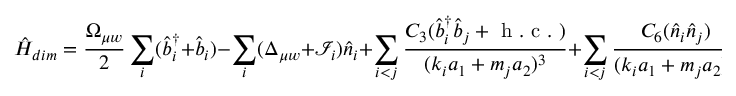
\hat { H } _ { d i m } = \frac { \Omega _ { \mu w } } { 2 } \sum _ { i } ( \hat { b } _ { i } ^ { \dagger } + \hat { b } _ { i } ) - \sum _ { i } ( \Delta _ { \mu w } + \mathcal { I } _ { i } ) \hat { n } _ { i } + \sum _ { i < j } \frac { C _ { 3 } ( \hat { b } _ { i } ^ { \dagger } \hat { b } _ { j } + \mathrm { ~ h ~ . ~ c ~ . ~ } ) } { ( k _ { i } a _ { 1 } + m _ { j } a _ { 2 } ) ^ { 3 } } + \sum _ { i < j } \frac { C _ { 6 } ( \hat { n } _ { i } \hat { n } _ { j } ) } { ( k _ { i } a _ { 1 } + m _ { j } a _ { 2 } ) ^ { 6 } } ,